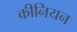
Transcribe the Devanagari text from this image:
कीनियन